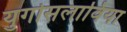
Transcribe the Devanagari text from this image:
युगोसलाविया